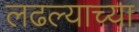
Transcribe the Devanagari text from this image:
लढल्याच्या